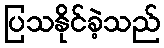
ပြသနိုင်ခဲ့သည်